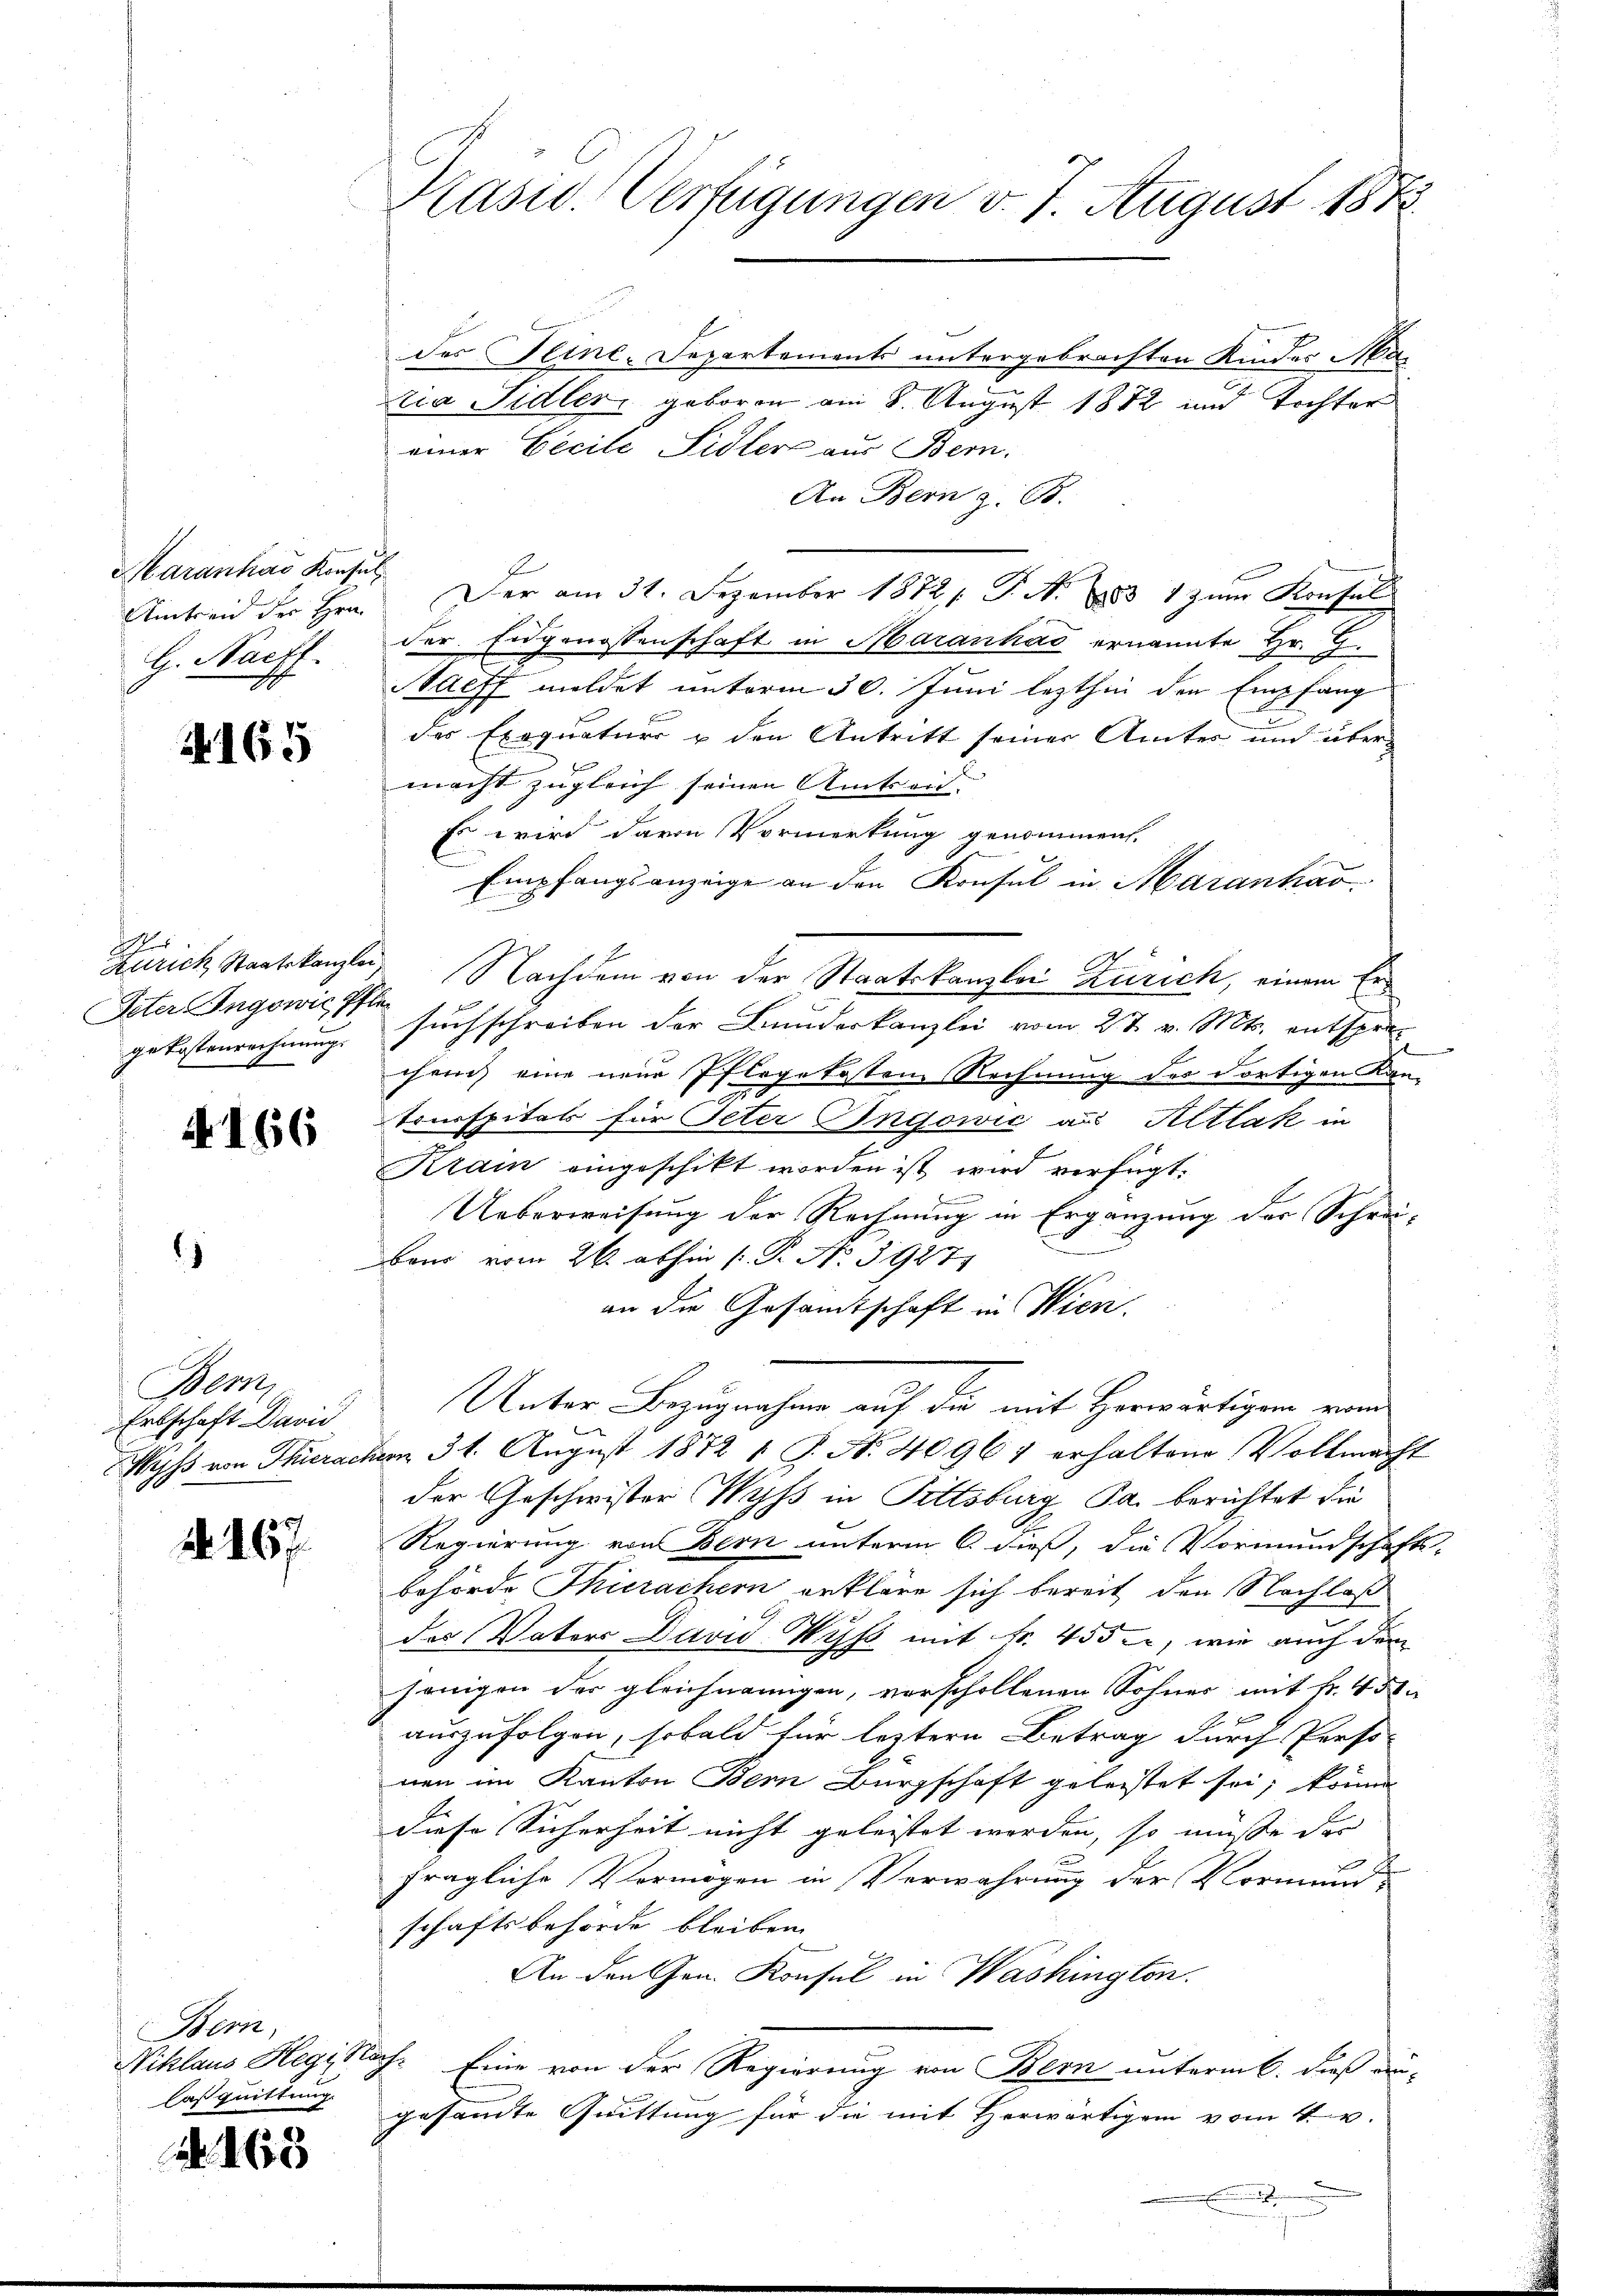
Maranhas Konsul
Amtreid der Hrn.
G. Nachf

4165

d
Peter Ingowie Pfle

4166

)

Bern,

2. 167

Bern,
Casquittung.

160

Käsid. Verfügungen v. 7. August 1873.

des Reine, Separtements untergebrachten Kindes Matia Sidler, geboren am 8. August 1872 und Tochter
einer Eecile Sidlers aus Bern.
An Bern z. B.
Der am 31. Dezember 1872/. P. N. 1883 1 zum Konsul
der. Eidgenossenschaft in Maranhad ernannte Hr. G.
Naeff meldet unterm 30. Juni lezthin den Empfang
des Exequaturr u den Antritt seiner Amtes und über
u
macht zugleich seinen Amtseid.
Es wird davon Vormerkung genommen.
Empfangsanzeige an den Konsul in Maranhar
d
Zürich Staatskanzlei Nachdem von der Staatskanzlei Zürich, einem Ergekostenrechnung, suchschreiben der Bundeskanzlei vom 27. v. Mts. entsprechrich eine neue Pflegekosten Rechnung des dortigen Kan-
tonsspitals für Peter Ingowić aus Altlak in
Krain eingeschikt worden ist wird verfügt:
.
.
Ueberweisung der Rechnung in Ergänzung der Schrei¬
Band vom 26. abhin P. P. No. 3927
an die Gesamtschaft in Wien.
Ertschaft David Unter Bezugnahme auf die mit Horwärtigen vom
Wyss von Thierachen 31. August 1872 1 S. N. 40961 erhaltene Vollmacht
der Geschwister Wyss in Pittsburg Pa. berichtet die
Regierung von Bern unterm 6. dieß, die Vormundschafts-
behörde Thierachern erkläre sich bereit den Nachlaß
des Vaters David Wyss mit Fr. 455, wie auch dem
jenigen der gleichnangen, verschollenen Sohnes mit Fr. 450
auszufolgen, sobald für leztern Betrag durch Perso-
nen im Kanton Bern Bürgschaft geleistet sei, könne
diese Sicherheit nicht geleistet worden, so müsse der
fragliche Vermögen in Verwahrung der Vormund
schaftsbehörde bleiben.
An den Gen. Konsul in Washington.
Niklaus Hegi, Nach. Eine von der Regierung von Bern unterm 6. dieß an-
gesammte Quittung für die mit Herwärtigen vom 4. u.
u
.
g